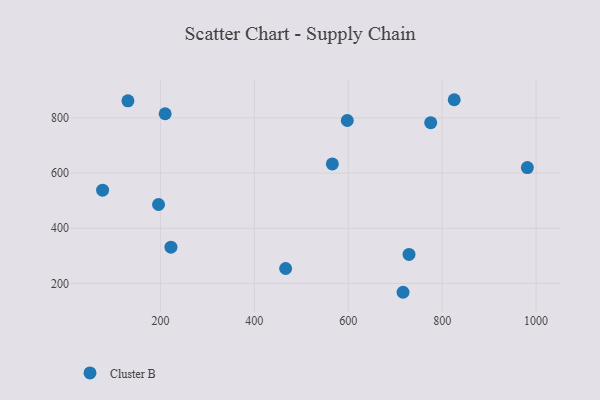
{"axis": {"x": "Price", "y": "Profit"}, "legend": ["Cluster B"], "data": [{"x": "466.6", "y": 254.3, "type": "Cluster B"}, {"x": "729.4", "y": 305.4, "type": "Cluster B"}, {"x": "825.7", "y": 865.9, "type": "Cluster B"}, {"x": "597.9", "y": 790.7, "type": "Cluster B"}, {"x": "981.5", "y": 619.9, "type": "Cluster B"}, {"x": "76.8", "y": 538.2, "type": "Cluster B"}, {"x": "716.7", "y": 168.1, "type": "Cluster B"}, {"x": "566.1", "y": 633.3, "type": "Cluster B"}, {"x": "775.6", "y": 782.6, "type": "Cluster B"}, {"x": "210.0", "y": 815.1, "type": "Cluster B"}, {"x": "222.3", "y": 331.5, "type": "Cluster B"}, {"x": "130.7", "y": 861.9, "type": "Cluster B"}, {"x": "195.9", "y": 486.2, "type": "Cluster B"}]}